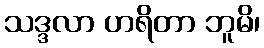
သဒ္ဒလာ ဟရိတာ ဘူမိ၊